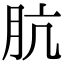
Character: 肮